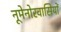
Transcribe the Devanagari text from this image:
नूमेनोरवासियों